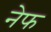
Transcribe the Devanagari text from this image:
नेफ